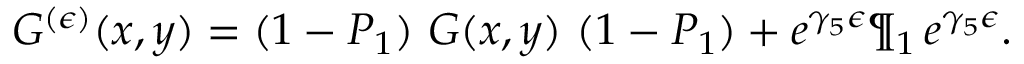
G ^ { ( \epsilon ) } ( x , y ) = ( 1 - P _ { 1 } ) \ { \cal G } ( x , y ) \ ( 1 - P _ { 1 } ) + e ^ { \gamma _ { 5 } \epsilon } \P _ { 1 } \, e ^ { \gamma _ { 5 } \epsilon } .